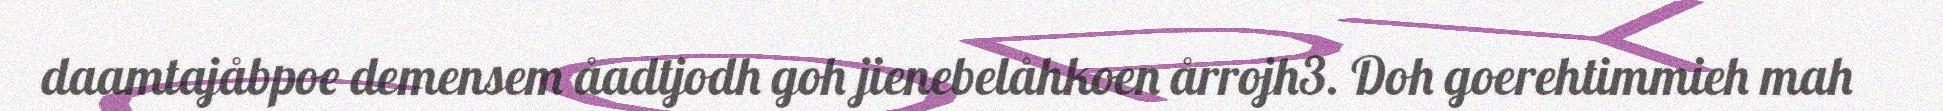
daamtajåbpoe demensem åadtjodh goh jienebelåhkoen årrojh3. Doh goerehtimmieh mah